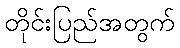
တိုင်းပြည်အတွက်